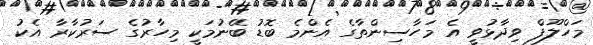
މަހްލޫފް ވިދާޅުވީ އެ މަހާސިންތާގެ އެންމެ ބޮޑު ބޭނުމަކީ މިހާރުގެ ސަރުކާރާ އެކު